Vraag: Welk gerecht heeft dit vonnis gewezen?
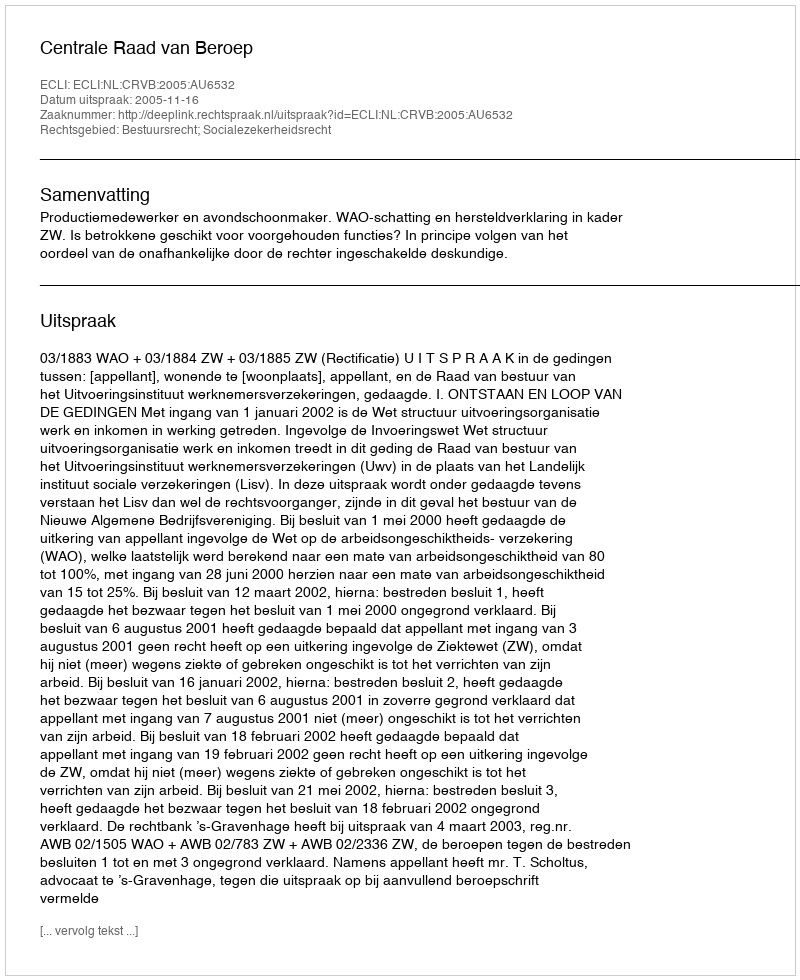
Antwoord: Centrale Raad van Beroep